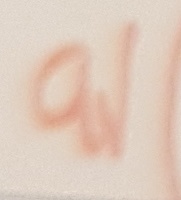
Text: 9V